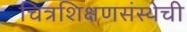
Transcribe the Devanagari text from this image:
चित्रशिक्षणसंस्थेची